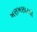
ખણખણાટથી